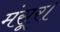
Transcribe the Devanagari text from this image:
मंसूर।